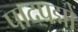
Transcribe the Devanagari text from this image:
पादपद्मों